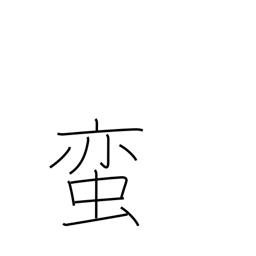
Meaning: barbarian